King Institute of Preventive Medicine Micro-Biological Section reports 1909-11
Year: 1909
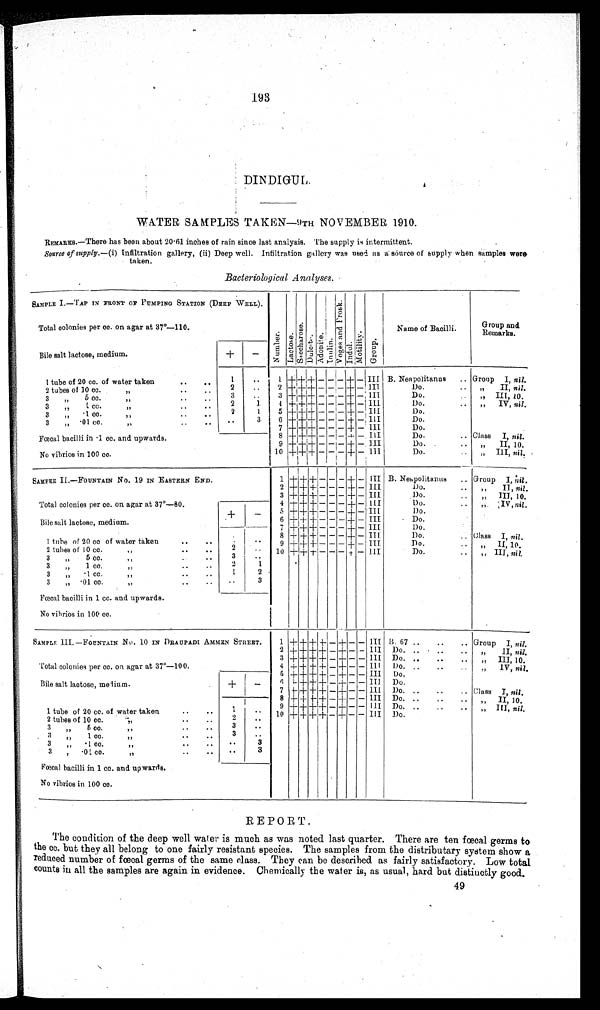
193
DINDIGUL.
WATER SAMPLES TAKEN—9TH NOVEMBER 1910.
REMARKS.—There has been about 20.61 inches of rain since last analysis. The supply is intermittent.
Source of supply.— (i) Infiltration gallery, (ii) Deep well. Infiltration gallery was used as a source of supply when samples were
taken.
Bacteriological Analyses.
SAMPLE I.—TAP IN FRONT OF PUMPING STATION (DEEP WELL).
Total colonies per cc. on agar at 37°—110.
Nu mb e r . L a c t o s e .
S a c c h a r o s e .
Du l c i t e .
Adni t e.
I n u l i n .
V o g e s a n d P r o s k .
I ndol .
Mot i l i t y.
Gr o u p
Name of Bacilli.
Group and
Remarks.
Bile salt lactose, medium.
+
-
1 tube of 20 cc. of water taken
1
. .
1 + + + - - - + - III
B. Neapolitanus
Group I, nil.
2 + + + - - - + - III
Do.
„
II, nil.
2 tubes of 10 cc.
2
. .
3
+ + + - - - + - III
Do.
" III, 10.
3
"
5 cc.
3
. .
4 + + + - - - + - III
Do.
„" IV, nil.
3
"
1 cc.
2 1
5 + + + - - - + - III
Do.
3 " .1 cc. "
2
1
6 + + + - - - + - III
Do Do.
3
" .01 cc.
"
.. 3
7 + + + - - - + - III
Do.
8 + + + - - - + - III
Do.
Class I, nil.
Fœcal bacilli in .1 cc. and upwards.
No vibrios in 100 cc.
9 + + + - - - + - III
Do.
" II, 10.
10 +
+ +
-
-
- + - III
Do.
" III, nil.
SAMPEE II.—FOUNTAIN No. 19 IN EASTERN END.
1 + + + - - - + - III B. Neapolitanus
Group I, nil.
2 + + + - - - + - III
Do.
"
II, nil.
3 + + + - - - + - III
Do.
„
III, 10.
4 + + + - - - + - III
Do.
" IV, nil.
Total colonies per cc. on agar at 37°—80.
Bile salt lactose, medium.
+
-
5 + + + - - - + - III
Do.
6 + + + - - - + - III
Do.
7 + + + - - - + - III
Do.
1 tube of 20 cc of water taken
1
. .
8 + + + - - - + - III
Do.
Class I, nil.
9 + + + - - - + - III
Do.
,,
II, 10.
2 tubes of 10 cc. "
2
. .
10 + + + - - - + - III
Do.
„ III, nil.
3
„
5 cc. "
3
..
3
„" 1 cc. "
2 1
3
„
.1 cc. "
1
2
3
„ -01 cc.
..
3
Fœcal bacilli in 1 cc. and upwards.
No vibrios in 100 cc.
.
SAMPLE III.—FOUNTAIN No. 10 IN DRAUPADI AMMEN STREET
.
Total colonies per cc. on agar at 37°—100 .
1 + + + + - + - - III
B. 67
Group I, nil.
2 + + + + - + - - III
Do.
„
II, nil.
3 + + + + - + - - III
Do.
„
III, 10.
4 + + + + - + - - III
Do.
" IV, nil.
5 + + + + - + - - III
Do.
Bile salt lactose, medium..
+
-
6 + + + + - + - - III
Do.
7
+ + + + - + - - III
Do.
Class I, nil.
8 + + + + - + - - III Do.
" II, 10.
1 tube of 20 cc. of water taken
1
..
9 + + + + - + - - III
Do.
„ III, nil.
10
+ + +
+
- + -
- III
Do.
2 t u b e s o f 1 0 c c . "
2
..
3
„
5 cc.
"
3
..
3
„
1 cc.
"
3
..
3
„
.1 cc
..
3
3
" .01 cc. "
.. 3
Fœcal bacilli in 1 cc. and upwards.
No vibrios in 100 cc.
REPORT.
The condition of the deep well water is much as was noted last quarter. There are ten fœcal germs to
the cc. but they all belong to one fairly resistant species. The samples from the distributary system show a
reduced number of fœcal germs of the same class. They can be described as fairly satisfactory. Low total
counts in all the samples are again in evidence. Chemically the water is, as usual, hard but distiuctly good.
49